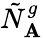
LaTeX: \tilde{N}_{\mathbf{A}}^{g}